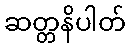
ဆတ္တနိပါတ်